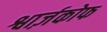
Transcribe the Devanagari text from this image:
श्वार्ज़कोफ